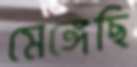
মেঙ্গেছি